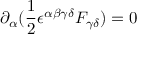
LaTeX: \partial _ { \alpha } ( { \frac { 1 } { 2 } } \epsilon ^ { \alpha \beta \gamma \delta } F _ { \gamma \delta } ) = 0